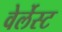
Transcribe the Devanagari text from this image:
वेर्लेस्ट